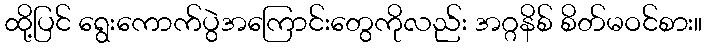
ထို့ပြင် ရွေးကောက်ပွဲအကြောင်းတွေကိုလည်း အဂ္ဂနိစ် စိတ်မဝင်စား။